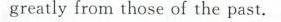
greatly from those of the past.